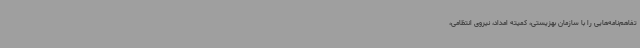
تفاهم‌نامه‌هایی را با سازمان بهزیستی، کمیته امداد، نیروی انتظامی،